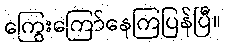
ကြွေးကြော်နေကြပြန်ပြီ။